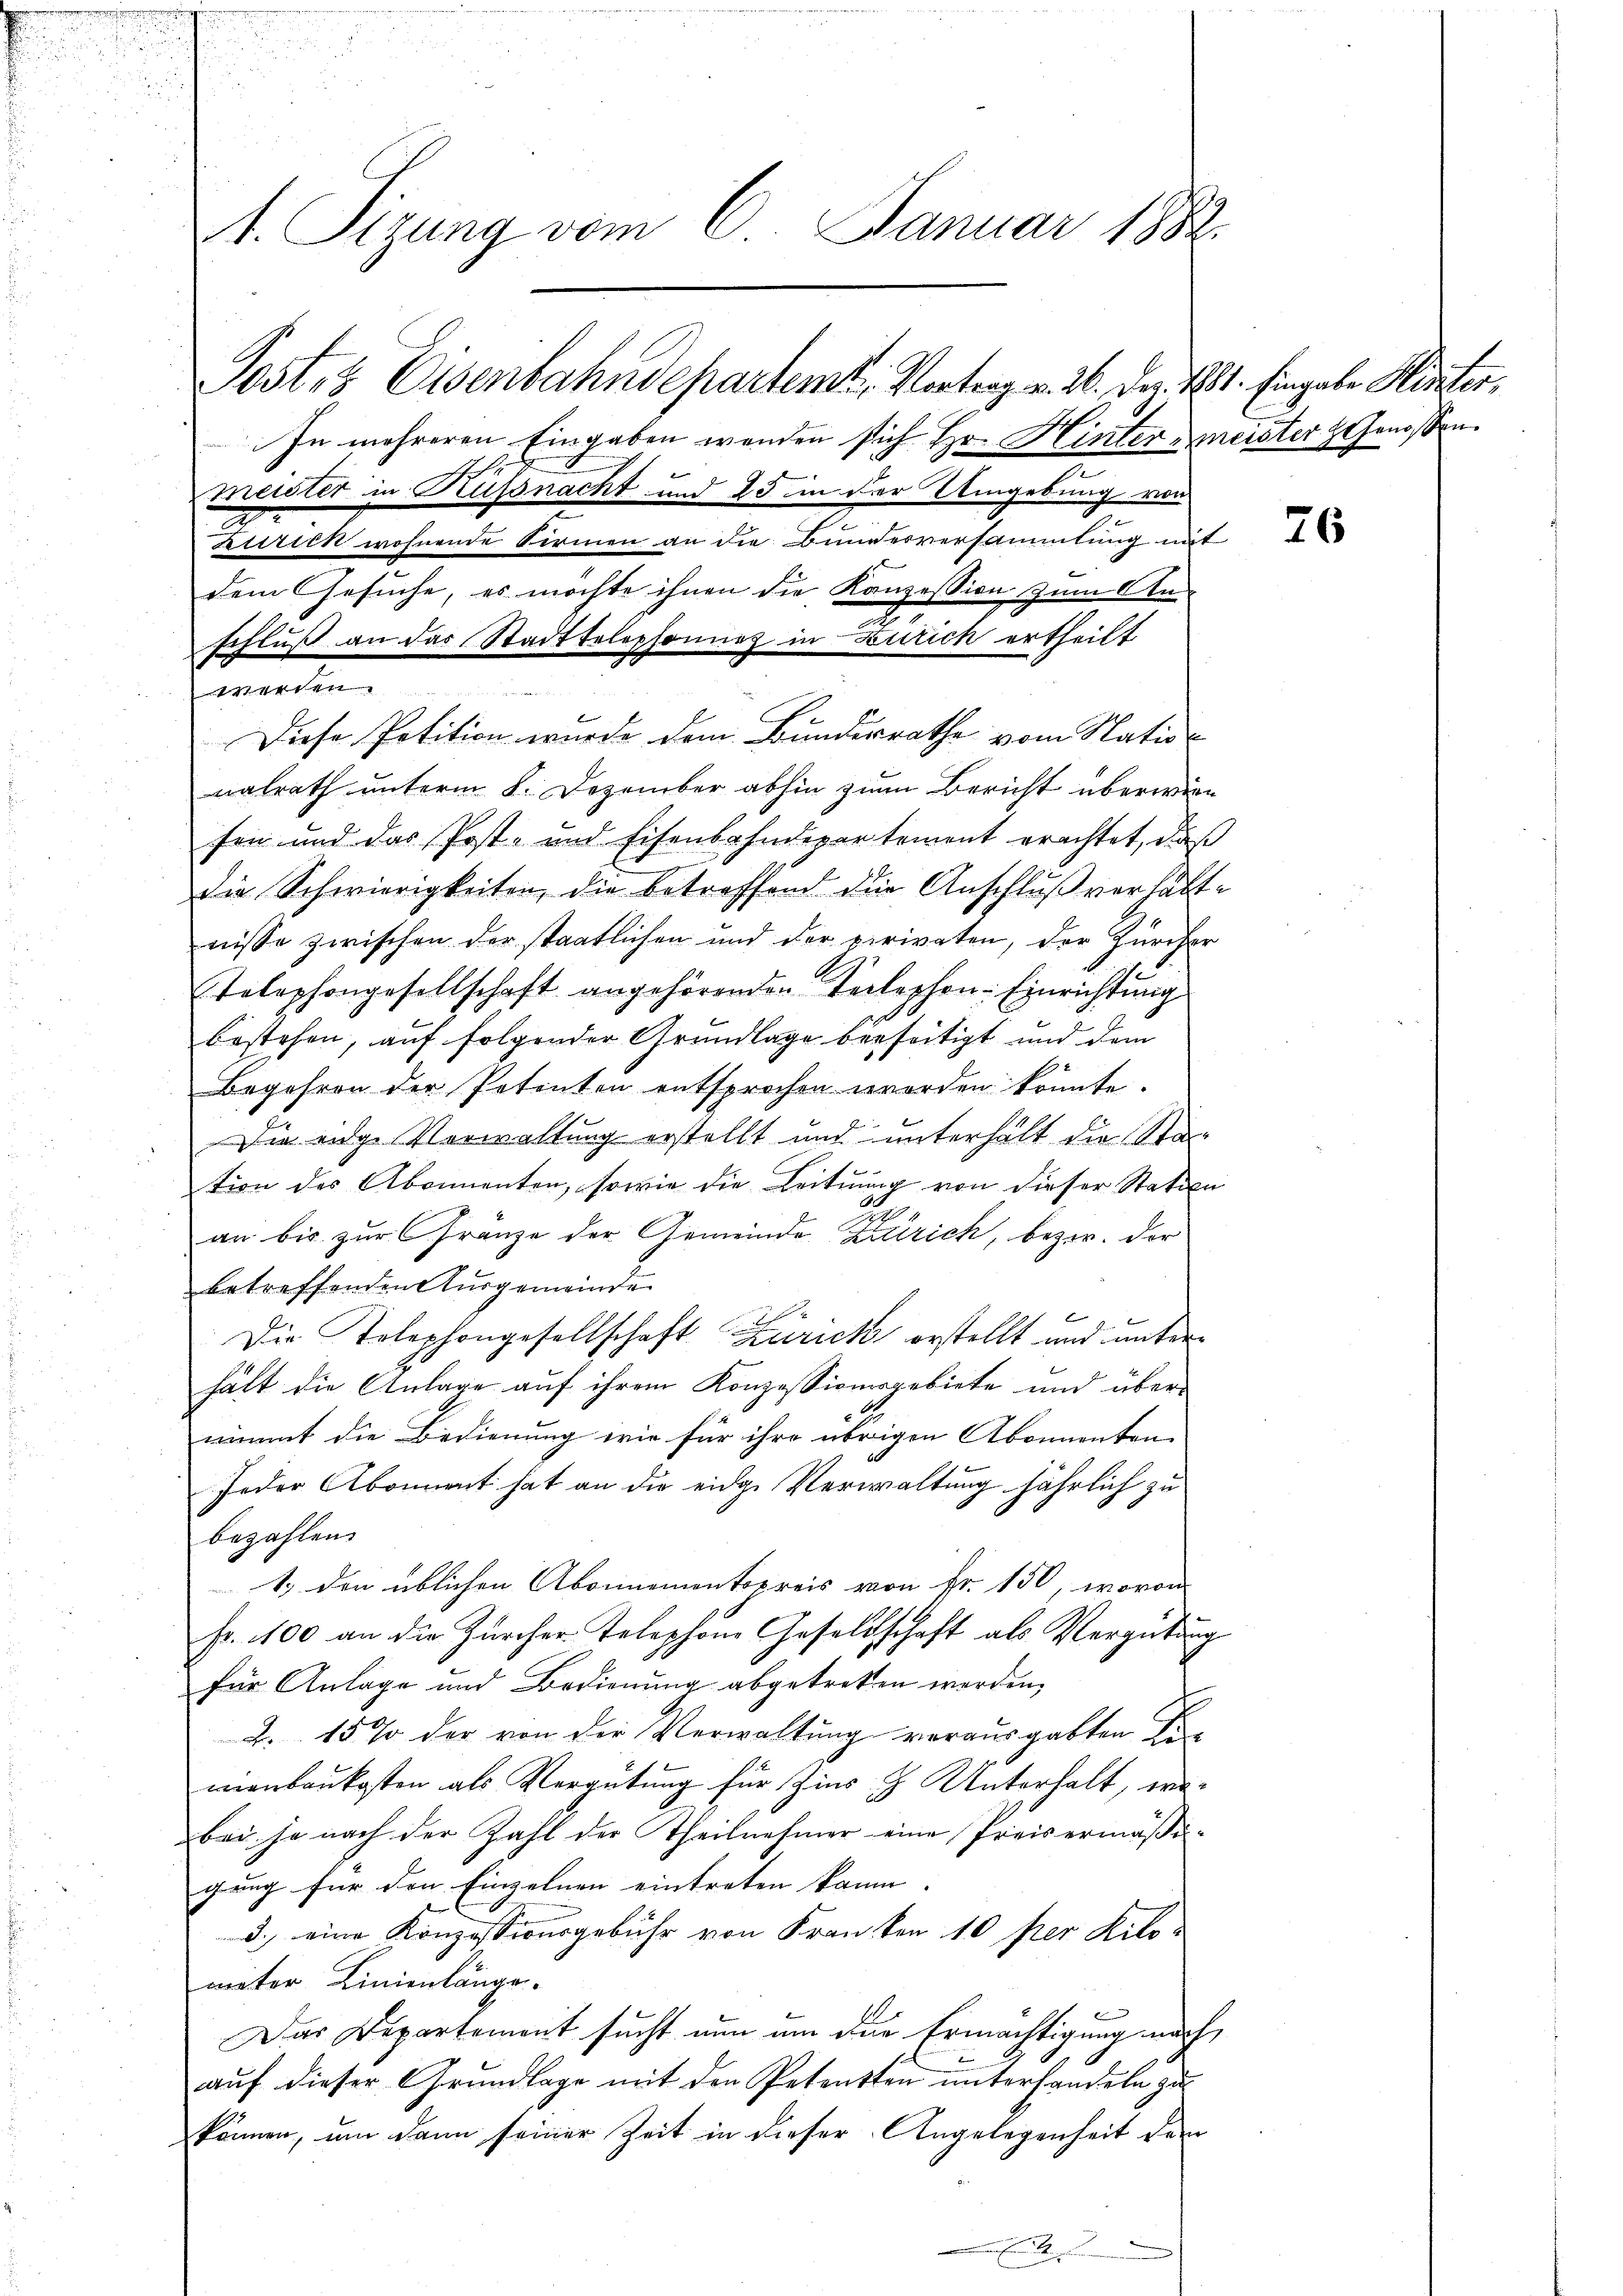
1. Sizung vom 6. Januar 1882.
Post- & Eisenbahndepartemt. Vortrag v. 26. Dez. 181. Eingabe Hinter,

In mehreren Eingaben wenden sich Hr. Hintermeister Genossen.
 Statt
nalrath unterm 8. Dezember abhin zum Bericht überwiefen und das Post- und Eisenbahndepartement erachtet, daß
die Schwierigkeiten, die betreffend die Anschluß verhältnisse zwischen der staatlichen und der privaten, der Zürcher
Telephongesellschaft angehörenden Telephon- Einrichtung
bestehen, auf folgender Grundlage beseitigt und dem
Begehren der Petenten entsprochen worden könnte.
Die eige Verwaltung erstellt und unterhält die Sta-
tion des Abonnenten, sowie die Leitung von dieser Station
an bis zur Franze der Gemeinde Zürich, bezir. der
betreffenden Ausgemeinde
Die Telephongesellschaft Zürich erstellt und unterhält die Anlage auf ihrem Konzessionsgebiete und über-
nimmt die Bedienung wie für ihre übrigen Abonnenten
Jeder Abonnent hat an die eidge Verwaltung jährlich zu
bezahlen.
1) den üblichen Abonnementspreis von Fr. 150, wovon
Fr. 100 an die Zürcher Telephone Gesellschaft als Vergütung
für Anlage und Bedienung abgetreten werden,
2. 15 % der von der Verwaltung vorausgabten Ko
nienbaukosten als Vergütung für Zins & Unterhalt, wobei je nach der Zahl der Theilnehmer eine Preisermäßigung für den Einzelnen eintreten kann. |
d.) eine Konzessionsgebühr von Franken 10 per Kilometer Linienlänge.
Das Departement sucht nun um die Ermächtigung nach
auf dieser Grundlage mit den Petenten unterhandeln zu
können, um dann seiner Zeit in dieser Angelegenheit dem

f
l
Trinister in Russnacht und 25 in der Umgebung von
Zurick wohnende Birmen an die Bundesversammlung mit
dem Gesŭche, es möchte ihnen die Konzession zum An-
schluß an das Stadttelephonung in Zürich ertheilt

Diese Petition wurde dem Bundesrathe vom Statio¬

26